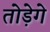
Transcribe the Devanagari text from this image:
तोड़ेगे